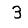
Digit: 3